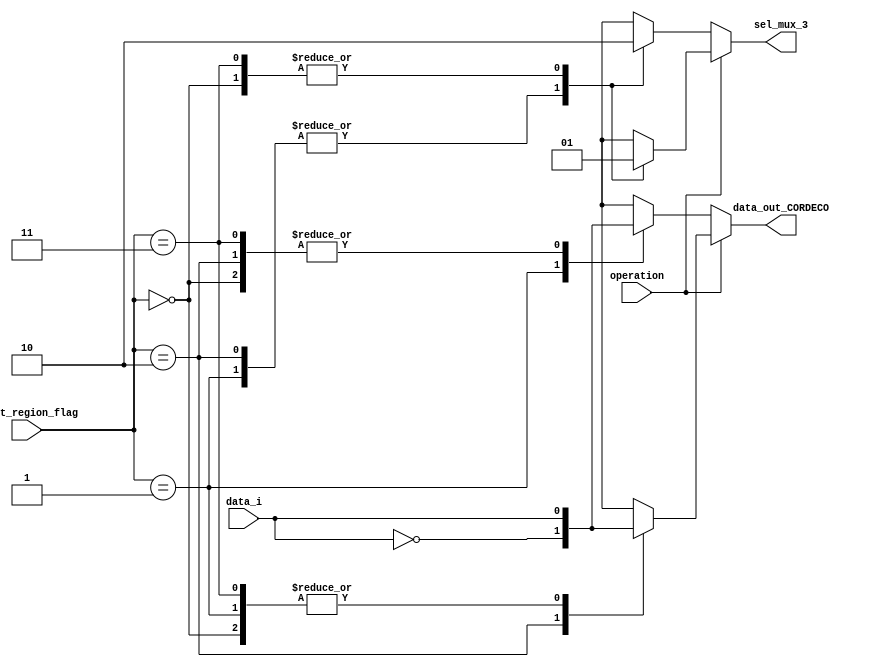
module DECO_CORDIC_EXT2 (
   input wire         data_i,
   input wire         operation,
   input wire [1:0]   shift_region_flag,
   output reg         sel_mux_3,
   output reg         data_out_CORDECO
 ); 


   always @(*) begin
     if(operation == 1'b0)
        begin  //COSENO
          case (shift_region_flag)
            2'b00  : begin
                        sel_mux_3 = 1'b0;
                        data_out_CORDECO = data_i;
                     end
            2'b01  : begin
                        sel_mux_3 = 1'b1;
                        data_out_CORDECO = ~data_i;
                     end
            2'b10  : begin
                        sel_mux_3 = 1'b1;
                        data_out_CORDECO = data_i;
                     end
            2'b11  : begin
                        sel_mux_3 = 1'b0;
                        data_out_CORDECO = data_i;
                     end
          endcase
        end
      else begin  ///SENO
          case (shift_region_flag)
            2'b00  : begin
                        sel_mux_3 = 1'b1;
                        data_out_CORDECO = data_i;
                     end
            2'b01  : begin
                        sel_mux_3 = 1'b0;
                        data_out_CORDECO = data_i;
                     end
            2'b10  : begin
                        sel_mux_3 = 1'b0;
                        data_out_CORDECO = ~data_i;
                     end
            2'b11  : begin
                        sel_mux_3 = 1'b1;
                        data_out_CORDECO = data_i;
                     end 
          endcase
      end
   end


endmodule